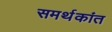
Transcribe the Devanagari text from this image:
समर्थकांत